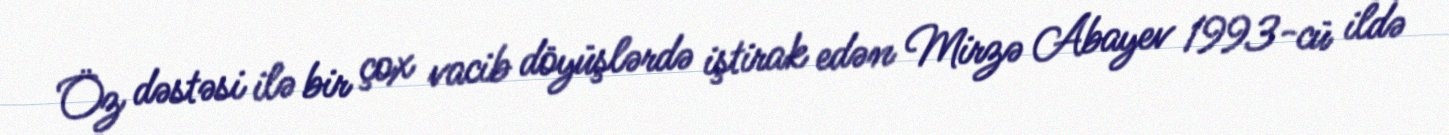
Öz dəstəsi ilə bir çox vacib döyüşlərdə iştirak edən Mirzə Abayev 1993-cü ildə